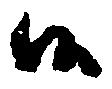
候